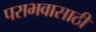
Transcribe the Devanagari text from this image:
पराभवासाठी